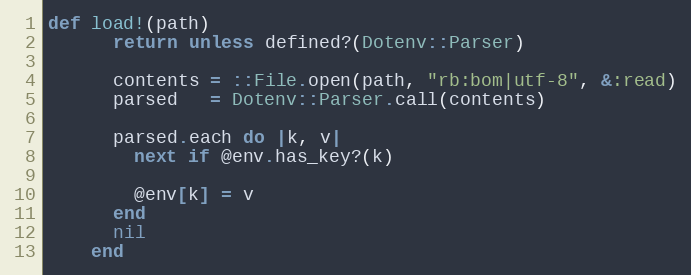
Language: Ruby
def load!(path)
      return unless defined?(Dotenv::Parser)

      contents = ::File.open(path, "rb:bom|utf-8", &:read)
      parsed   = Dotenv::Parser.call(contents)

      parsed.each do |k, v|
        next if @env.has_key?(k)

        @env[k] = v
      end
      nil
    end